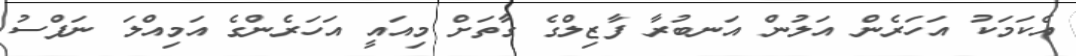
އެކަމަކު އަހަރެން އަލުން އަނބުރާ ފާޒިލްގެ ގާތަށް މިއައީ އަހަރެންގެ އަމިއްލަ ނަފްސު